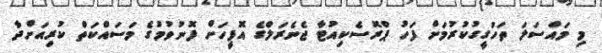
މި މައްސަލަ ތަހުގީގުކުރުމަށް ފަހު ޕްރޮސެކިއުޓާ ޖެނެރަލްގެ އޮފީހަށް ފޮނުވުމުގެ މަސައްކަތް ކުރިއަށްދާ